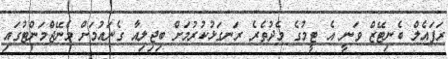
ރަފައެލް ބެނިޓޭޒް ވަނީ އެ ޓީމުގެ މެދުތެރެ ރަނގަޅުކުރުމަށް ބިޖިލިއާ ގެނައުމަށް މެނޭޖްމަންޓުގައި